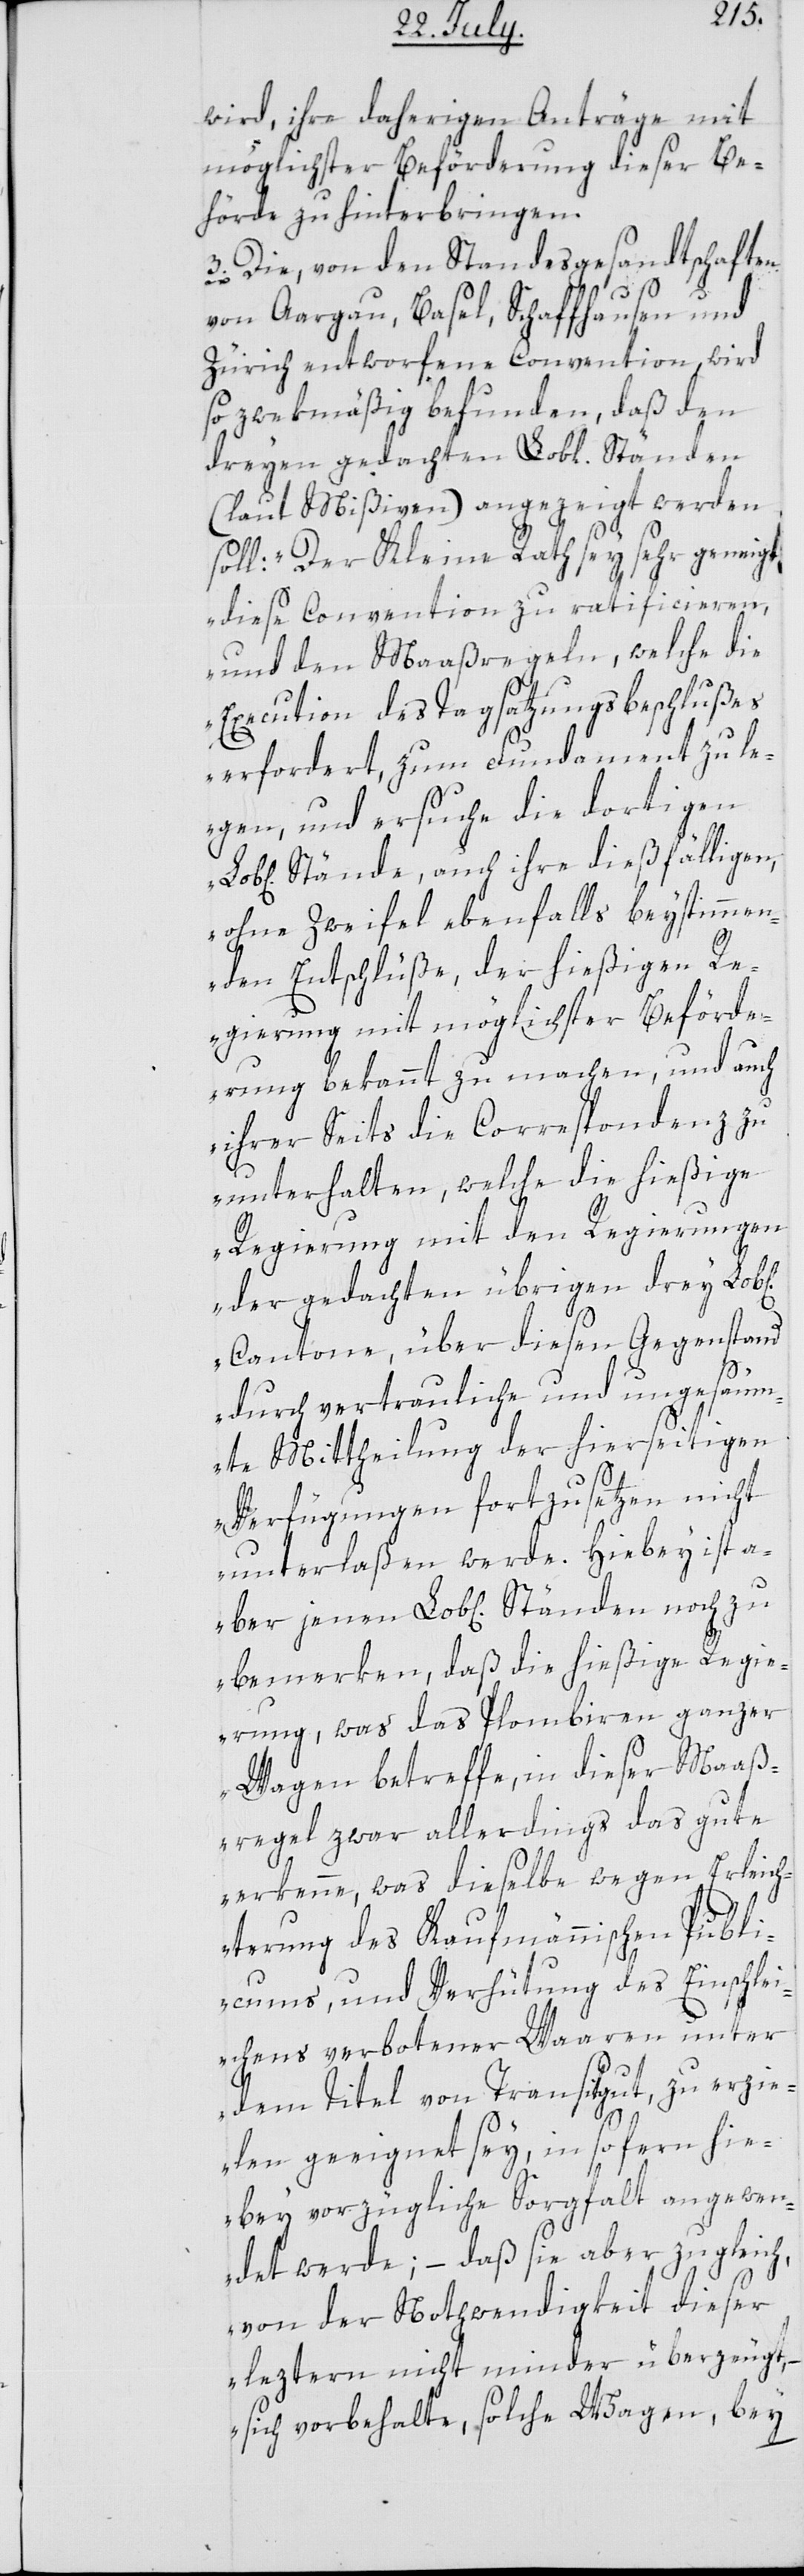
wird, ihre daherigen Anträge mit
möglichster Beförderung dieser Be¬
hörde zu hinterbringen.
3. Die, von den Standesgesandtschaften
chen]
von Aargau, Basel, Schaffhausen und
Zürich entworfene Convention, wird
so zwekmäßig befunden, daß den
dreyen gedachten Lobl. Ständen
(laut Mißiven) angezeigt werden
soll: „Der Kleine Rath sey sehr geneigt,
diese Convention zu ratifcieren,
und den Maaßregeln, welche die
Execution des Tagsatzungsbeschlußes
erfordert, zum Fundament zu le¬
gen, und ersuche die dortigen
Stände, auch ihre dießfälligen,
ohne Zweifel ebenfalls beystimmen¬
den Entschlüße der hießigen Re¬
gierung mit möglichster Beförde¬
rung bekannt zu machen, und auch
ihrer Seits die Correspondenz zu
unterhalten, welche die hießige
Regierung mit den Regierungen
der gedachten übrigen drey Lob[li¬
Cantone, über diesen Gegenstand
durch vertrauliche und ungesäum¬
te Mittheilung der hierseitigen
Verfügungen fortzusetzen nicht
unterlaßen werde. Hiebey ist a¬
ber jenen Lob[lichen] Ständen noch zu
bemerken, daß die hießige Regie¬
rung, was das Plombiren ganzer
Wagen betreffe, in dieser Maaß¬
regel zwar allerdings das gute
erkenne, was dieselbe wegen Erleich¬
terung des Kaufmännischen Publi¬
cums, und Verhütung des Einschlei¬
chens verbotener Waaren unter
dem Titel von Transitgut, zu erzie¬
len geeignet sey, in sofern hie¬
bey vorzügliche Sorgfalt angewen¬
det werde; – daß sie aber zugleich,
von der Nothwendigkeit dieser
leztern nicht minder überzeugt,
sich vorbehalte, solche Wagen bey